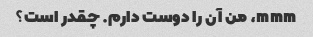
mmm، من آن را دوست دارم. چقدر است؟